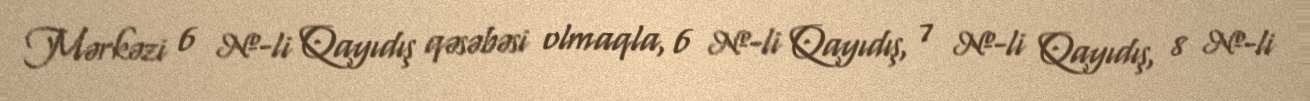
Mərkəzi 6 №-li Qayıdış qəsəbəsi olmaqla, 6 №-li Qayıdış, 7 №-li Qayıdış, 8 №-li